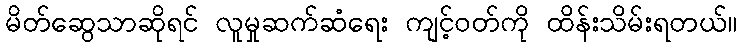
မိတ်ဆွေသာဆိုရင် လူမှုဆက်ဆံရေး ကျင့်ဝတ်ကို ထိန်းသိမ်းရတယ်။